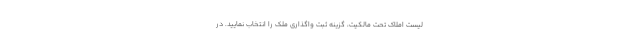
لیست املاک تحت مالکیت، گزینه ثبت واگذاری ملک را انتخاب نمایید. در